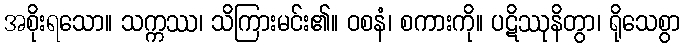
အစိုးရသော။ သက္ကဿ၊ သိကြားမင်း၏။ ဝစနံ၊ စကားကို။ ပဋိဿုနိတွာ၊ ရိုသေစွာ